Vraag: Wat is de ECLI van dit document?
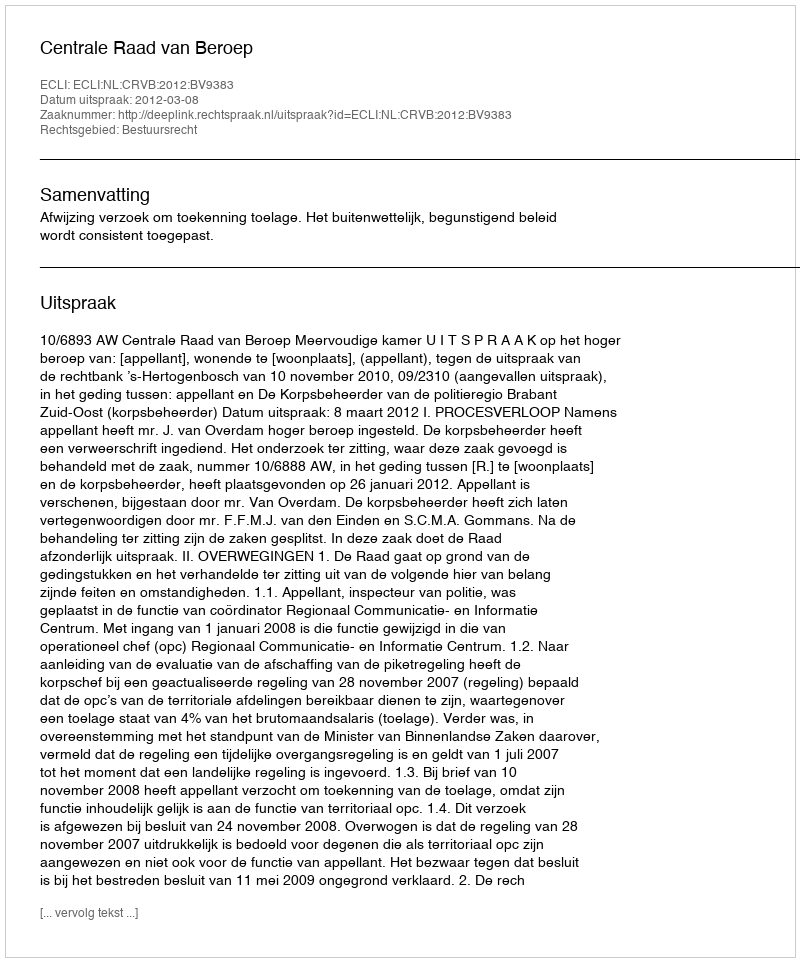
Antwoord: ECLI:NL:CRVB:2012:BV9383